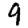
Digit: 9